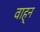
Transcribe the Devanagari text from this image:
वाह्न